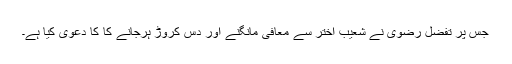
جس پر تفضل رضوی نے شعیب اختر سے معافی مانگنے اور دس کروڑ ہرجانے کا کا دعوی کیا ہے۔